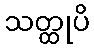
သတ္ထုပိ